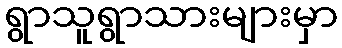
ရွာသူရွာသားများမှာ